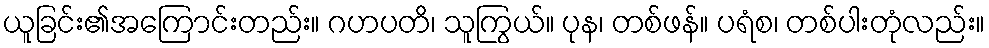
ယူခြင်း၏အကြောင်းတည်း။ ဂဟပတိ၊ သူကြွယ်။ ပုန၊ တစ်ဖန်။ ပရံစ၊ တစ်ပါးတုံလည်း။